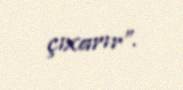
çıxarır”.